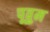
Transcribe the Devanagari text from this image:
पूवुम